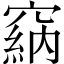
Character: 𥧩